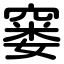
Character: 窭